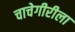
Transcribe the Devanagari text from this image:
चाचेगीरीला